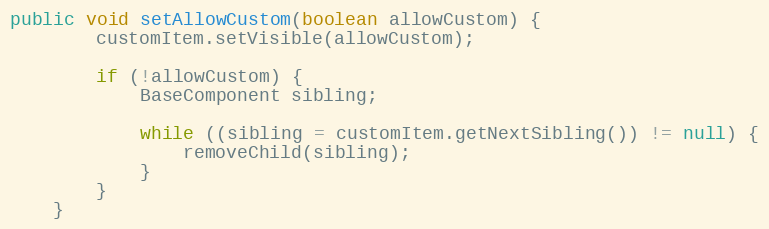
Language: Java
public void setAllowCustom(boolean allowCustom) {
        customItem.setVisible(allowCustom);

        if (!allowCustom) {
            BaseComponent sibling;

            while ((sibling = customItem.getNextSibling()) != null) {
                removeChild(sibling);
            }
        }
    }